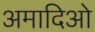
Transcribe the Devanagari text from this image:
अमादिओ